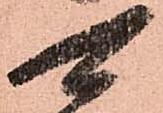
可